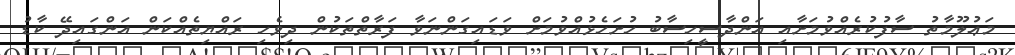
މަޢުލޫމާތު ސާފުކުރެއްވުމަށާއި އަންދާސީހިސާބު ހުށަހެޅުއްވުމަށް ވަޑައިގަންނަވާ ފަރާތްތަކުން ދިވެހި ރައްޔިތެއްކަން އަންގައިދޭ ކާޑު